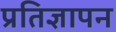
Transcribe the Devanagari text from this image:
प्रतिज्ञापन